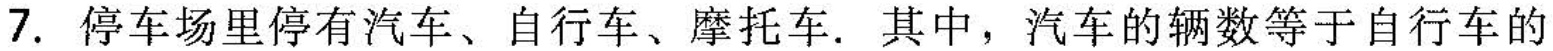
7. 停车场里停有汽车、自行车、摩托车。其中，汽车的